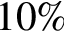
1 0 \%